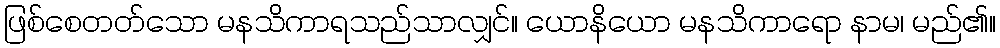
ဖြစ်စေတတ်သော မနသိကာရသည်သာလျှင်။ ယောနိယော မနသိကာရော နာမ၊ မည်၏။